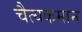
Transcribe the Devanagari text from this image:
चैत्यकमान